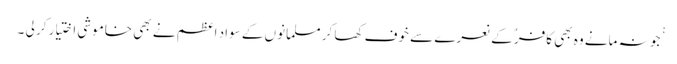
ْْجو نہ مانے وہ بھی کافر ٌکے نعرے سے خوف کھا کر مسلمانوں کے سواد اعظم نے بھی خاموشی اختیار کر لی ۔